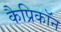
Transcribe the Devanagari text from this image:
कैप्रिकॉन